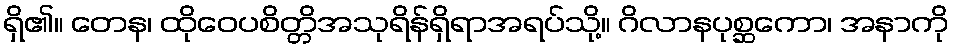
ရှိ၏။ တေန၊ ထိုဝေပစိတ္တိအသုရိန်ရှိရာအရပ်သို့။ ဂိလာနပုစ္ဆကော၊ အနာကို